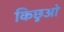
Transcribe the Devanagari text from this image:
किछुओ